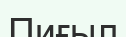
Пиғыл